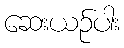
ဆေးယဉ်ပါး